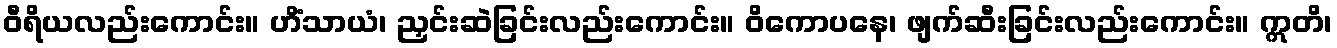
ဝီရိယလည်းကောင်း။ ဟိံသာယံ၊ ညှင်းဆဲခြင်းလည်းကောင်း။ ဝိကောပနေ၊ ဖျက်ဆီးခြင်းလည်းကောင်း။ ဣတိ၊